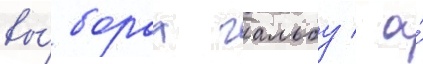
вы́борах гальбу / а́